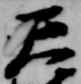
天